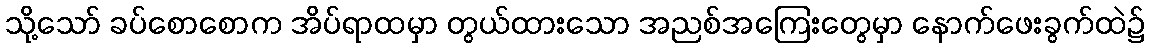
သို့သော် ခပ်စောစောက အိပ်ရာထမှာ တွယ်ထားသော အညစ်အကြေးတွေမှာ နောက်ဖေးခွက်ထဲ၌